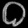
Digit: ၀